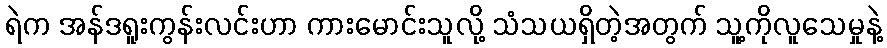
ရဲက အန်ဒရူးကွန်းလင်းဟာ ကားမောင်းသူလို့ သံသယရှိတဲ့အတွက် သူ့ကိုလူသေမှုနဲ့